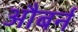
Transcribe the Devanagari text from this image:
औबर्न